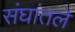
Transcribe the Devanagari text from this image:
संघांतले